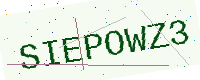
Text: SIEPOWZ3